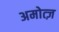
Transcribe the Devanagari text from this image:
अमोत्ज़